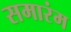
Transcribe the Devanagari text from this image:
समारंम